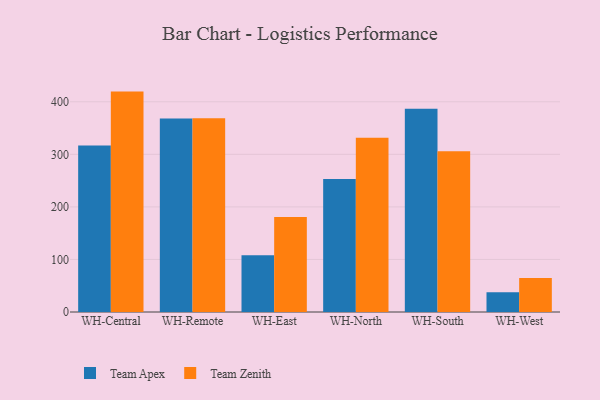
{"axis": {"x": "Warehouse", "y": "Operating Costs (USD K)"}, "legend": ["Team Apex", "Team Zenith"], "data": [{"x": "WH-Central", "y": 316.7, "type": "Team Apex"}, {"x": "WH-Central", "y": 419.4, "type": "Team Zenith"}, {"x": "WH-Remote", "y": 368.2, "type": "Team Apex"}, {"x": "WH-Remote", "y": 368.5, "type": "Team Zenith"}, {"x": "WH-East", "y": 107.8, "type": "Team Apex"}, {"x": "WH-East", "y": 181.0, "type": "Team Zenith"}, {"x": "WH-North", "y": 253.2, "type": "Team Apex"}, {"x": "WH-North", "y": 331.4, "type": "Team Zenith"}, {"x": "WH-South", "y": 387.0, "type": "Team Apex"}, {"x": "WH-South", "y": 305.8, "type": "Team Zenith"}, {"x": "WH-West", "y": 37.5, "type": "Team Apex"}, {"x": "WH-West", "y": 64.8, "type": "Team Zenith"}]}